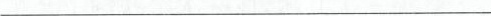
___